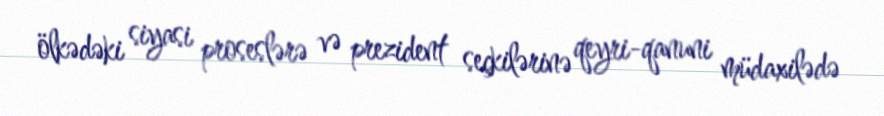
ölkədəki siyasi proseslərə və prezident seçkilərinə qeyri-qanuni müdaxilədə